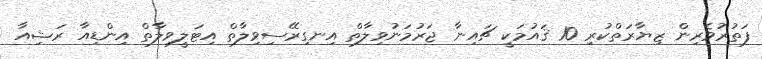
ފަތުރުވެރިން ޒިޔާރަތްކުރި 10 ޤައުމަކީ ޗައިނާ ޖަރުމަނުވިލާތް އިނގިރޭސިވިލާތް އިޓަލީވިލާތް އިންޑިއާ ރަޝިއާ